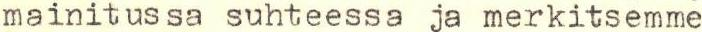
mainitussa suhteessa ja merkitsemme